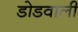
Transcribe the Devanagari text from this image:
डोडवाली